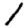
Digit: 1